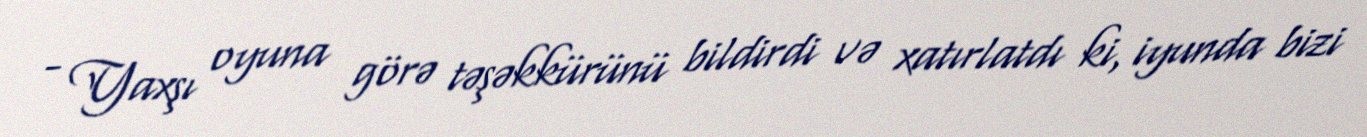
- Yaxşı oyuna görə təşəkkürünü bildirdi və xatırlatdı ki, iyunda bizi